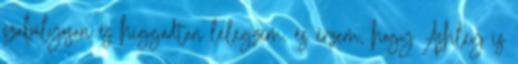
szabályosan és higgadtan lélegzem, és érzem, hogy Ashley is